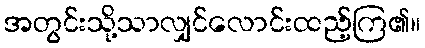
အတွင်းသို့သာလျှင်လောင်းထည့်ကြ၏။